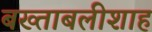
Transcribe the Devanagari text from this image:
बख्ताबलीशाह